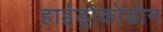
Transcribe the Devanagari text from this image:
हाईड्रोकोडोन